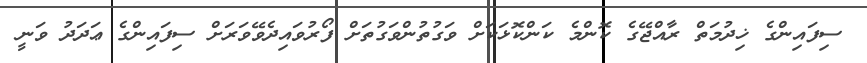
ސިފައިންގެ ޚިދުމަތް ރާއްޖޭގެ ކޮންމެ ކަންކޮޅަކަށް ވަގުތުންވަގުތަށް ފޯރުވައިދެވޭވަރަށް ސިފައިންގެ ޢަދަދު ވަނީ